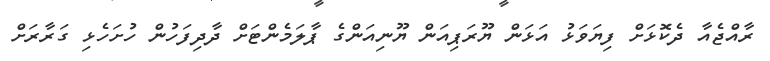
ރާއްޖެއާ ދެކޮޅަށް ފިޔަވަޅު އަޅަން ޔޫރަޕިއަން ޔޫނިއަންގެ ޕާލަމެންޓަށް ދާދިފަހުން ހުށަހެޅި ގަރާރަށް